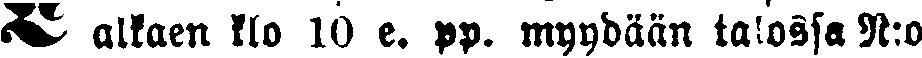
# alkaen klo 10 e. pp. myydään talossa N:o